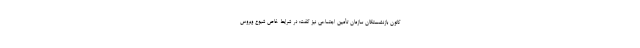
کانون بازنشستگان سازمان تأمین اجتماعی نیز گفت: در شرایط خاص شیوع ویروس